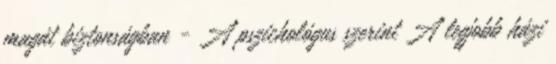
magát biztonságban - A pszichológus szerint A legjobb házi